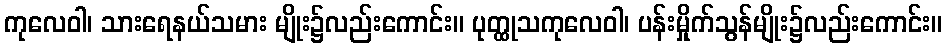
ကုလေဝါ၊ သားရေနယ်သမား မျိုး၌လည်းကောင်း။ ပုတ္ထုသကုလေဝါ၊ ပန်းမှိုက်သွန်မျိုး၌လည်းကောင်း။